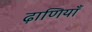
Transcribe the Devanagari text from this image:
ढ़ाणियाँ